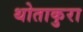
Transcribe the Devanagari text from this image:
थोताकुरा